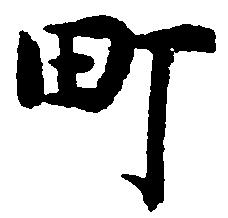
町